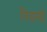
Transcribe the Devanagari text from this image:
निजानंदी